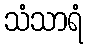
သံသာရံ